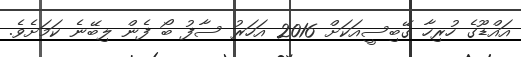
އައްޑޫގެ ހުރިހާ ގޭބިސީއަކަށް 2016 އަހަރު ސާފު ބޯ ފެން ލިބޭނެ ކަމަށެވެ.